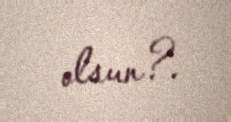
olsun?.